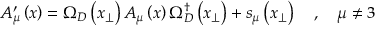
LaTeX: A _ { \mu } ^ { \prime } \left( x \right) = \Omega _ { D } \left( x _ { \perp } \right) A _ { \mu } \left( x \right) \Omega _ { D } ^ { \dagger } \left( x _ { \perp } \right) + s _ { \mu } \left( x _ { \perp } \right) \quad , \quad \mu \neq 3